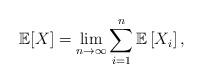
LaTeX: \begin{align*}\mathbb{E}[X] = \lim_{n\rightarrow\infty} \sum_{i=1}^{n} \mathbb{E}\left[ X_i \right],\end{align*}